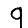
Digit: 9